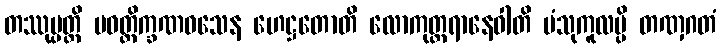
တဿုပ္ပတ္တိ ပဝတ္တိက္ခဏဝသေန ဟေဋ္ဌတောတိ လောကုတ္တရာနေဝါတိ ပံသုကူလမ္ပိ တဏှဂတံ